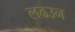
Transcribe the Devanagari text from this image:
लढउन